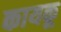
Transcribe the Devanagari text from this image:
कायकू